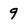
Character: 9